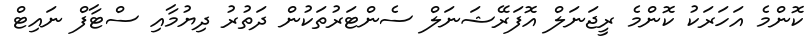
ކޮންމެ އަހަރަކު ކޮންމެ ރީޖަނަލް އޮފަރޭޝަނަލް ސެންޓަރުތަކުން ދަތުރު ދިޔުމާއި ސްޓާފް ނައިޓް